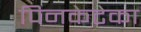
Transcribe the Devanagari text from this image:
पिनकेटेका